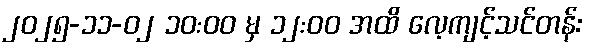
၂၀၂၅-၁၁-၀၂ ၁၀:၀၀ မှ ၁၂:၀၀ အထိ လေ့ကျင့်သင်တန်း